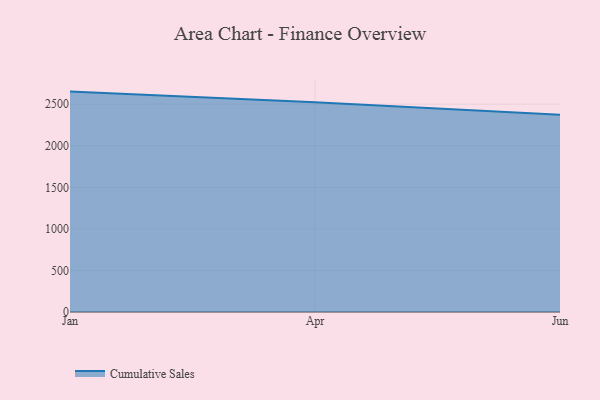
{"axis": {"x": "Month", "y": "Bounce Rate (%)"}, "legend": ["Cumulative Sales"], "data": [{"x": "Jan", "y": 2651.9, "type": "Cumulative Sales"}, {"x": "Apr", "y": 2522.7, "type": "Cumulative Sales"}, {"x": "Jun", "y": 2374.1, "type": "Cumulative Sales"}]}